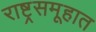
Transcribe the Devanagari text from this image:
राष्ट्रसमूहात